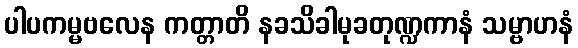
ပါပကမ္မဗလေန ကတ္တာတိ နခသိခါမုခတုဏ္ဍကာနံ သမ္ဗာဟနံ